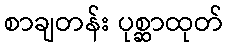
စာချတန်း ပုစ္ဆာထုတ်